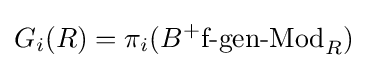
G_{i}(R)=\pi _{i}(B^{+}{\text{f-gen-Mod}}_{R})